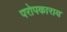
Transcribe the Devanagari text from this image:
परोपकाराय